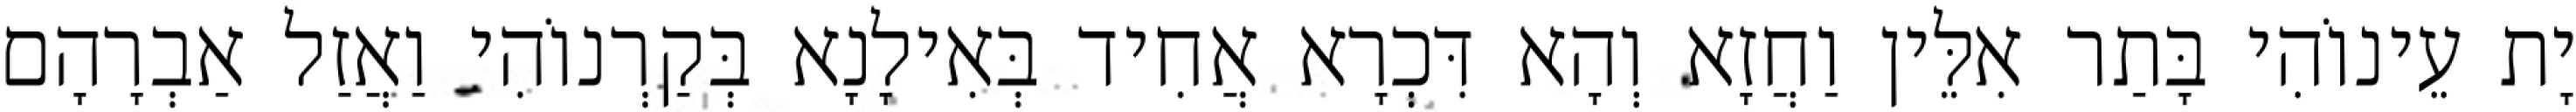
יָת עֵינוֹהִי בָּתַר אִלֵּין וַחֲזָא וְהָא דִּכְרָא אֲחִיד בְּאִילָנָא בְּקַרְנוֹהִי וַאֲזַל אַבְרָהָם